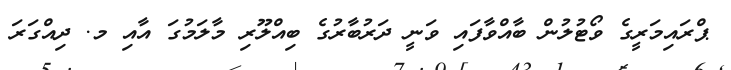
ޕްރައިމަރީގެ ވޯޓުލުން ބާއްވާފައި ވަނީ ދަރުބާރުގެ ބިއްލޫރި މާލަމުގަ އާއި މ. ދިއްގަރަ